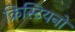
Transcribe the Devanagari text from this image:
क्रिस्टियनो